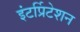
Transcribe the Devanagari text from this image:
इंटर्प्रिटेशन